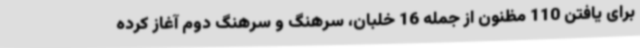
برای یافتن 110 مظنون از جمله 16 خلبان، سرهنگ و سرهنگ دوم آغاز کرده